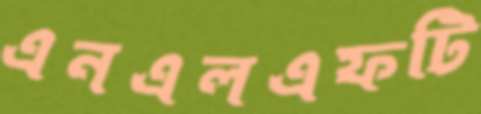
এনএলএফটি